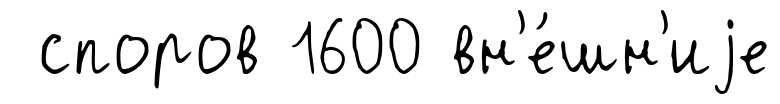
споров 1600 вн'е́шн'иjе